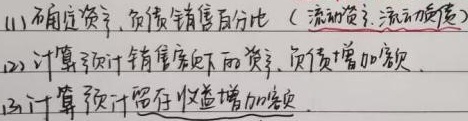
(1) 确定资产、负债销售百分比（流动资产、流动负债）
(2) 计算预计销售额下的资产、负债增加额
(3) 计算预计留存收益增加额